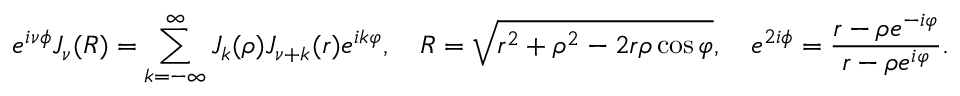
e ^ { i \nu \phi } J _ { \nu } ( R ) = \sum _ { k = - \infty } ^ { \infty } J _ { k } ( \rho ) J _ { \nu + k } ( r ) e ^ { i k \varphi } , \quad R = \sqrt { r ^ { 2 } + \rho ^ { 2 } - 2 r \rho \cos \varphi } , \quad e ^ { 2 i \phi } = \frac { r - \rho e ^ { - i \varphi } } { r - \rho e ^ { i \varphi } } .